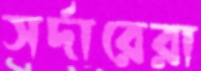
সর্দারেরা